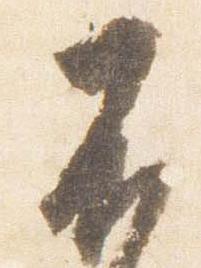
不